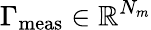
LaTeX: \Gamma_{\mathrm{meas}}\in\mathbb{R}^{N_{m}}